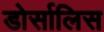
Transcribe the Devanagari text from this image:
डोर्सालिस